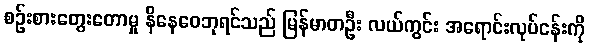
စဉ်းစားတွေးတောမှု နိနေဝေဘုရင်သည် မြန်မာတဦး လယ်ကွင်း အရောင်းလုပ်ငန်းကို